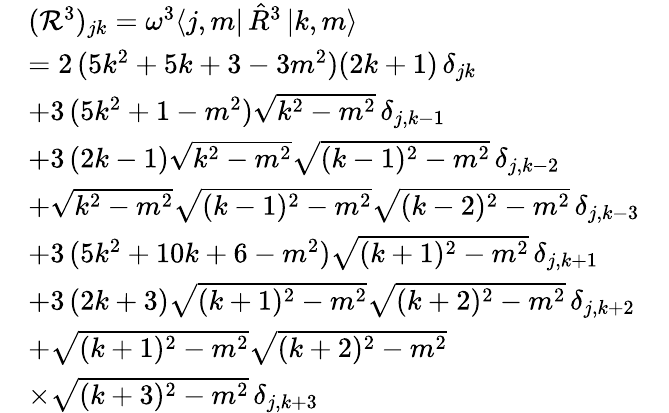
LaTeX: \begin{array}{rlr}&{({\mathcal R}^{3})_{jk}=\omega^{3}\langle j,m|\, {\hat{R}}^{3}\, {|k,m\rangle}\qquad\qquad\quad\quad\qquad\qquad}&\\ &{=2\, (5k^{2}+5k+3-3m^{2})(2k+1)\, \delta_{jk}\quad}&\\ &{+3\, (5k^{2}+1-m^{2})\sqrt{k^{2}-m^{2}}\, \delta_{j,k-1}}&\\ &{+3\, (2k-1)\sqrt{k^{2}-m^{2}}\sqrt{(k-1)^{2}-m^{2}}\, \delta_{j,k-2}}&\\ &{+\sqrt{k^{2}-m^{2}}\sqrt{(k-1)^{2}-m^{2}}\sqrt{(k-2)^{2}-m^{2}}\, \delta_{j,k-3}}&\\ &{+3\, (5k^{2}+10k+6-m^{2})\sqrt{(k+1)^{2}-m^{2}}\, \delta_{j,k+1}\quad\; }&\\ &{+3\, (2k+3)\sqrt{(k+1)^{2}-m^{2}}\sqrt{(k+2)^{2}-m^{2}}\, \delta_{j,k+2}}&\\ &{+\sqrt{(k+1)^{2}-m^{2}}\sqrt{(k+2)^{2}-m^{2}}\quad}&\\ &{\times\sqrt{(k+3)^{2}-m^{2}}\, \delta_{j,k+3}\; \; }&\end{array}